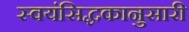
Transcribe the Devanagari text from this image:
स्वयंसिद्धकानुसारी